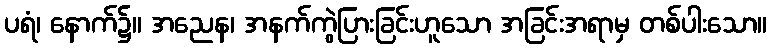
ပရံ၊ နောက်၌။ အညေန၊ အနက်ကွဲပြားခြင်းဟူသော အခြင်းအရာမှ တစ်ပါးသော။